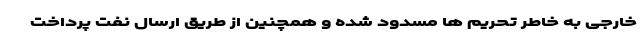
خارجی به خاطر تحریم ها مسدود شده و همچنین از طریق ارسال نفت پرداخت